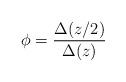
LaTeX: \begin{align*}\phi = \frac{\Delta(z/2)}{\Delta(z)} \end{align*}